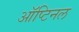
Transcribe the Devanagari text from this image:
ऑप्टिनल